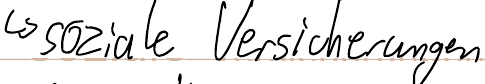
-> soziale Versicherungen